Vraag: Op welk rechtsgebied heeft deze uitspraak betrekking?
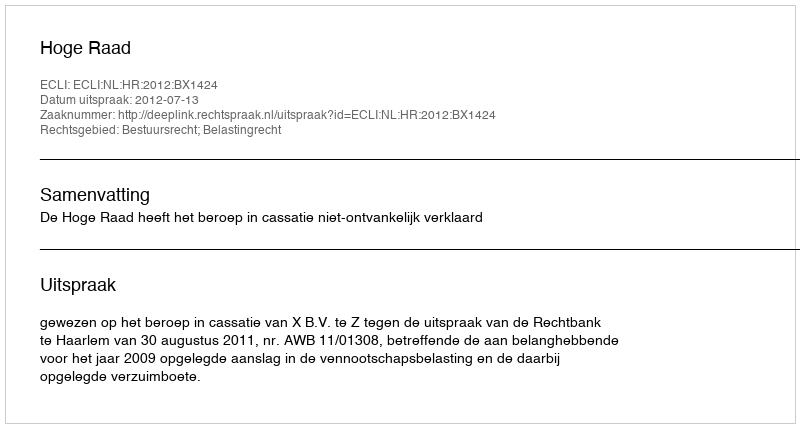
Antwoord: Bestuursrecht; Belastingrecht